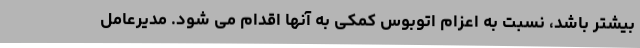
بیشتر باشد، نسبت به اعزام اتوبوس کمکی به آنها اقدام می شود. مدیرعامل